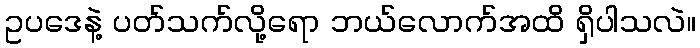
ဥပဒေနဲ့ ပတ်သက်လို့ရော ဘယ်လောက်အထိ ရှိပါသလဲ။